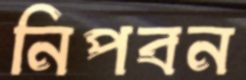
নিপবন